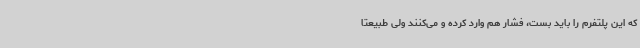
که این پلتفرم را باید بست، فشار هم وارد کرده و می‌کنند ولی طبیعتاً